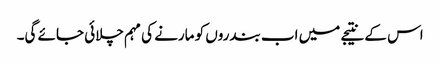
اس کے نتیجے میں اب بندروں کو مارنے کی مہم چلائی جائے گی۔